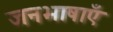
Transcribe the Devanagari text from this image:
जनभाषाएँ